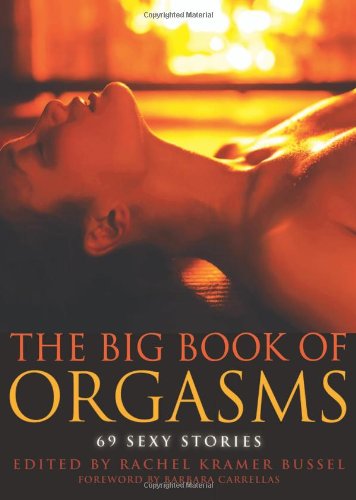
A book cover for The Big Book of Orgasms: 69 Sexy Stories; Romance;